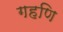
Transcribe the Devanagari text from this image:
गहणि